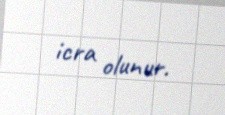
icra olunur.